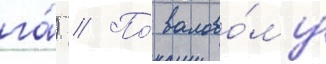
га́) // По́ валово́му